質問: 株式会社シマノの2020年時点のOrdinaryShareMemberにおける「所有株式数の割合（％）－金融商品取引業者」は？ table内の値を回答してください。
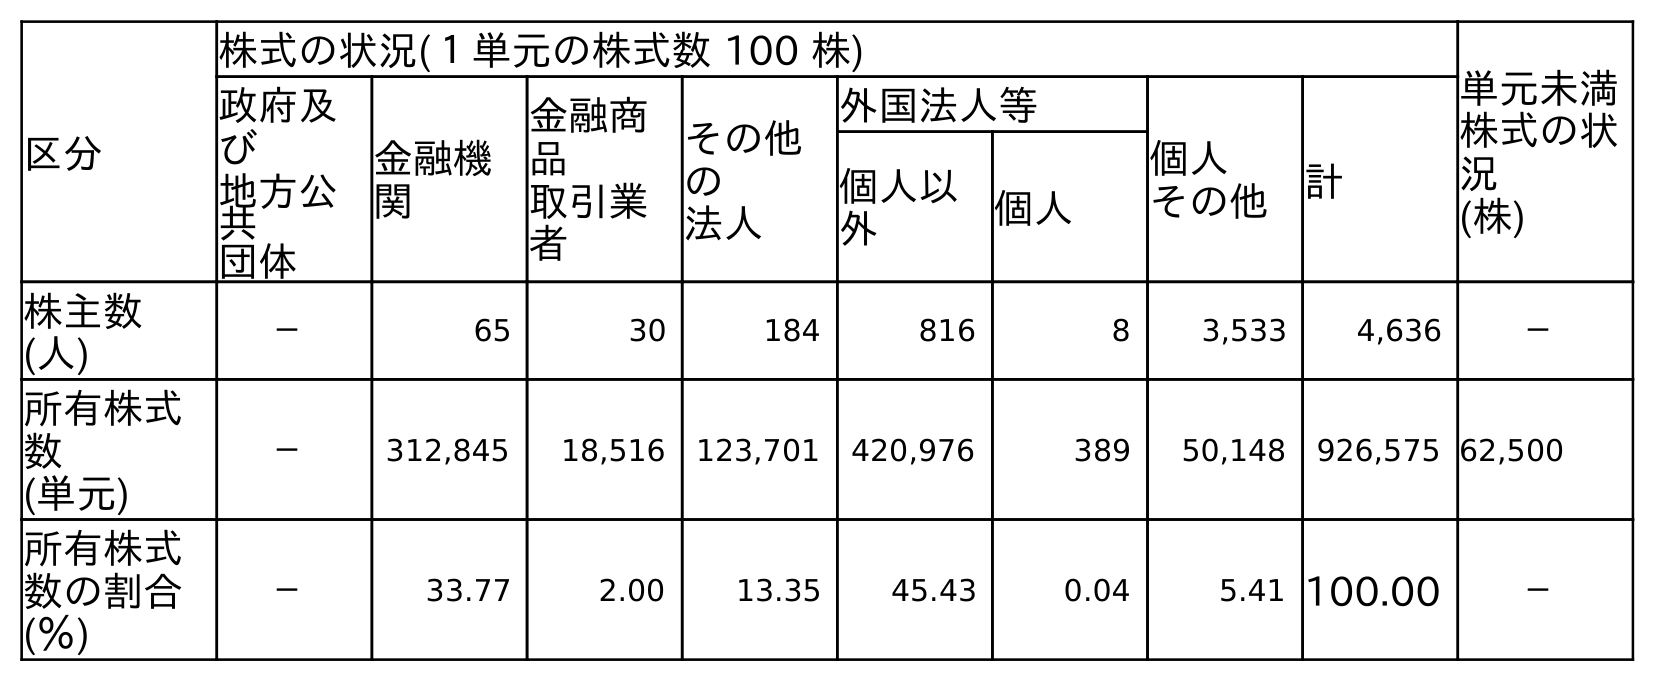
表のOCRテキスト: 区分 株式の状況(１単元の株式数 100 株) 単元未満 株式の状 況 (株) 政府及 び 地方公 共 団体 金融機 関 金融商 品 取引業 者 その他 の 法人 外国法人等 個人 その他 計 個人以 外 個人 株主数 (人) － 65 30 184 816 8 3,533 4,636 － 所有株式 数 (単元) － 312,845 18,516 123,701 420,976 389 50,148 926,575 62,500 所有株式 数の割合 (％) － 33.77 2.00 13.35 45.43 0.04 5.41 100.00 －
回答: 2.00